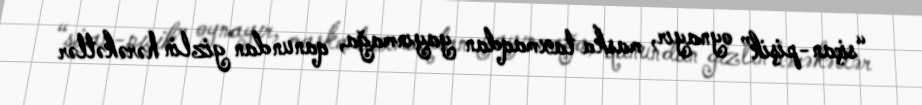
“siçan-pişik” oynayır, maska taxmaqdan yayınmağa, qanundan gizlin hərəkətlər